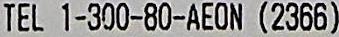
TEL 1-300-80-AEON (2366)